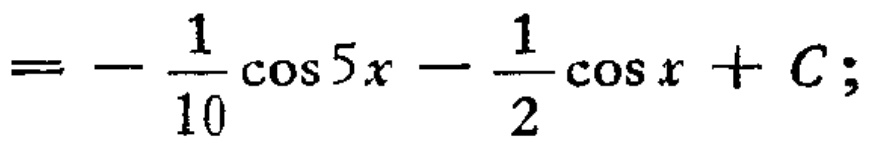
\[= -\frac{1}{10}\cos 5x - \frac{1}{2}\cos x + C;\]